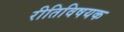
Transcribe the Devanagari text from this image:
रीतिविषयक